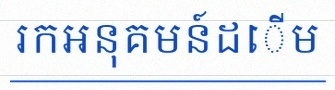
រកអនុគមន៍ដើម